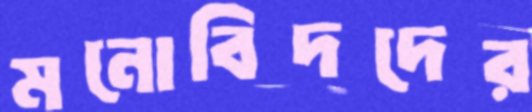
মনোবিদদের